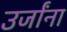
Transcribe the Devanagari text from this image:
उर्जांना